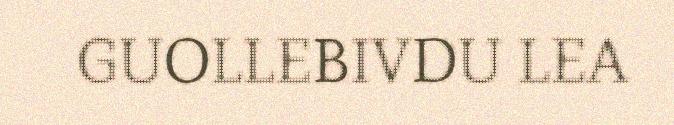
GUOLLEBIVDU LEA